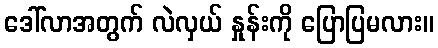
ဒေါ်လာအတွက် လဲလှယ် နှုန်းကို ပြောပြမလား။